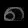
Digit: ၈